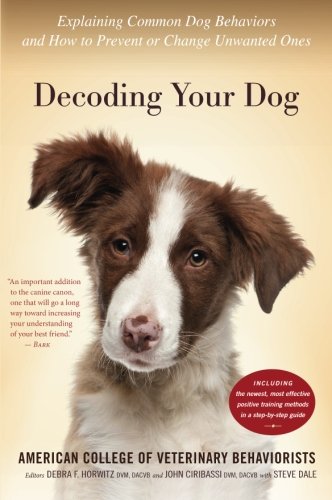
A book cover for Decoding Your Dog: Explaining Common Dog Behaviors and How to Prevent or Change Unwanted Ones; American College of Veterinary Behaviorists; Crafts, Hobbies & Home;